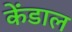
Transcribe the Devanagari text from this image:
केंडाल